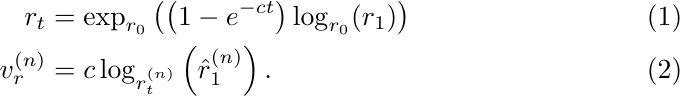
\begin{align}
    r_t &= \mathrm{exp}_{r_0} \left(\left(1 - e^{-ct} \right) \mathrm{log}_{r_0}(r_1) \right) \\
    v_r^{(n)} &= c\log_{r_t^{(n)}}\left(\hat{r}_1^{(n)}\right).
    \label{7}
\end{align}